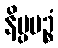
နိပ္ပပဉ္စံ